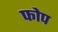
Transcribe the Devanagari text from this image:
फोप